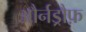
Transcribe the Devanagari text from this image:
और्नड्रौफ़